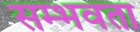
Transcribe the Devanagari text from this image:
सम्भवता